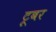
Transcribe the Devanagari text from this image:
टूबर